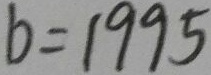
b = 1 9 9 5